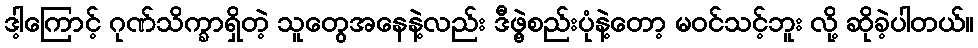
ဒါ့ကြောင့် ဂုဏ်သိက္ခာရှိတဲ့ သူတွေအနေနဲ့လည်း ဒီဖွဲ့စည်းပုံနဲ့တော့ မဝင်သင့်ဘူး လို့ ဆိုခဲ့ပါတယ်။